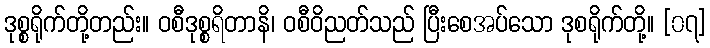
ဒုစ္စရိုက်တို့တည်း။ ဝစီဒုစ္စရိတာနိ၊ ဝစီဝိညတ်သည် ပြီးစေအပ်သော ဒုစရိုက်တို့။ [၀၇]